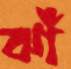
ঝাঁ